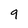
Character: 9